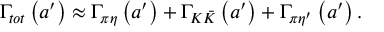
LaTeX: \Gamma _ { t o t } \left( a ^ { \prime } \right) \approx \Gamma _ { \pi \eta } \left( a ^ { \prime } \right) + \Gamma _ { K \bar { K } } \left( a ^ { \prime } \right) + \Gamma _ { \pi { \eta } ^ { \prime } } \left( a ^ { \prime } \right) .